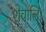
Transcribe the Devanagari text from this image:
शेवालि।